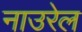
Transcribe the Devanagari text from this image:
नाउरेल